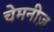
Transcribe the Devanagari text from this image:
चेमनीज़